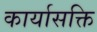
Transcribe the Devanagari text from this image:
कार्यासक्ति